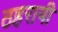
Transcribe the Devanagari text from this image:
ठहरायी